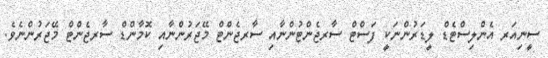
ސީނިއަރ އެންލިސްޓެޑް ލީޑަރުންނަކީ ފަސްޓް ސާރޖެންޓުންނާއި ސާރޖެންޓް މޭޖަރުންނާއި ކޮމާންޑް ސާރޖެންޓް މޭޖަރުންނެވެ.